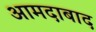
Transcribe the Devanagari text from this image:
आमदाबाद